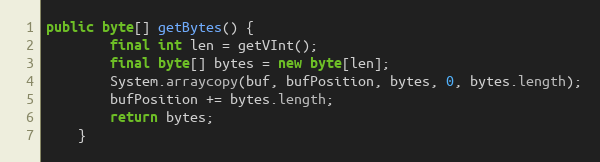
Language: Java
public byte[] getBytes() {
		final int len = getVInt();
		final byte[] bytes = new byte[len];
		System.arraycopy(buf, bufPosition, bytes, 0, bytes.length);
		bufPosition += bytes.length;
		return bytes;
	}